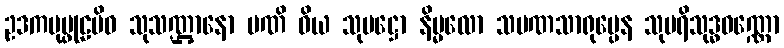
ဥဒကပုပ္ဖုဠမိဝ သုသဏ္ဌာနော မဏိ ဝိယ သုမဋ္ဌော နိမ္မလော သမဏသာရုပ္ပေန သုပရိသုဒ္ဓဝဏ္ဏော